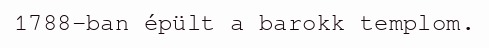
1788-ban épült a barokk templom.